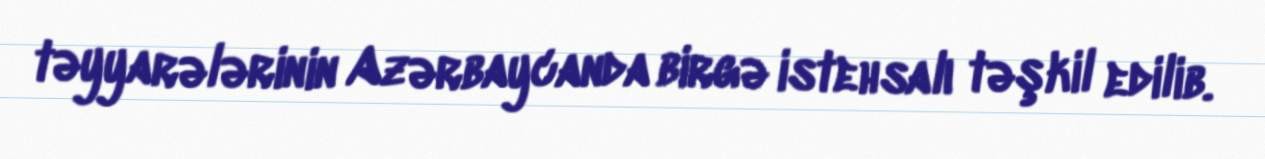
təyyarələrinin Azərbaycanda birgə istehsalı təşkil edilib.